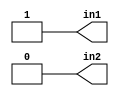
module controlDireccion(
output in1, in2
);

assign in1 = 1'b1;
assign in2 = 1'b0;

endmodule